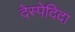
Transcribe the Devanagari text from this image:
देस्पेदिदा